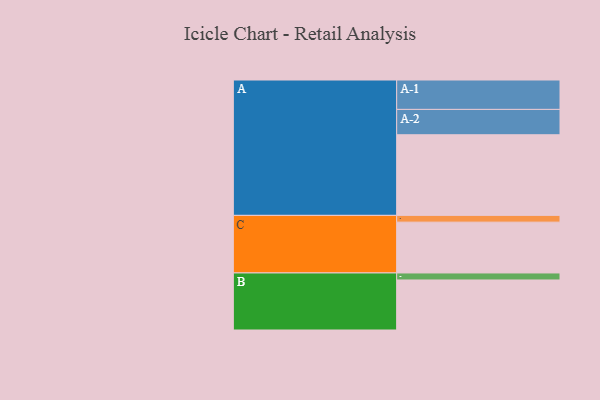
{"axis": {"x": "Segment", "y": "Value"}, "legend": ["", "A", "B", "C"], "data": [{"x": "A", "y": 598, "type": ""}, {"x": "B", "y": 371, "type": ""}, {"x": "C", "y": 377, "type": ""}, {"x": "A-1", "y": 218, "type": "A"}, {"x": "A-2", "y": 188, "type": "A"}, {"x": "B-1", "y": 52, "type": "B"}, {"x": "C-1", "y": 50, "type": "C"}]}